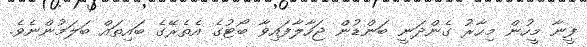
ފީނާ މީހުން މިހާރު ގެންދަނީ ބަންޑުން ޖަހާލާފައިވާ ބޯޓުގެ އެތެރޭގެ ބައިތައް ބަލަމުންނެވެ.